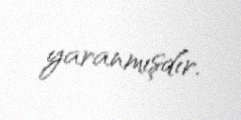
yaranmışdır.